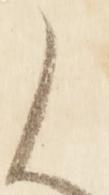
候